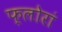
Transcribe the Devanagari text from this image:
फ्लोरां